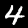
Label: 4